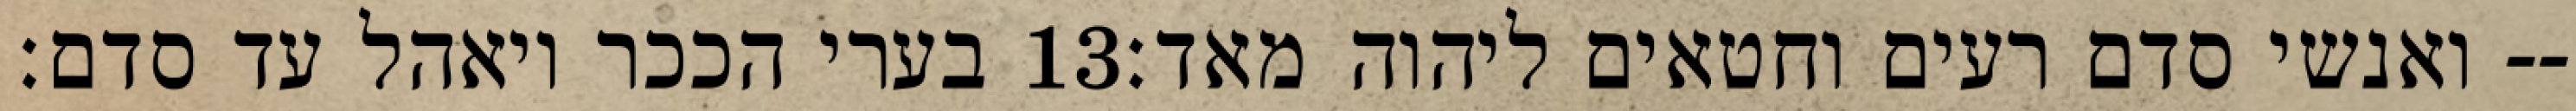
בערי הככר ויאהל עד סדם׃ ‎13‏ ואנשי סדם רעים וחטאים ליהוה מאד׃--